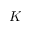
K